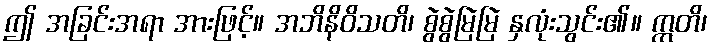
ဤ အခြင်းအရာ အားဖြင့်။ အဘိနိဝိသတိ၊ စွဲစွဲမြဲမြဲ နှလုံးသွင်း၏။ ဣတိ၊